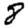
Digit: 8